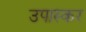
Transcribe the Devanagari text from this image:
उपास्कर